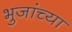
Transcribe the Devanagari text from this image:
भुजांच्या